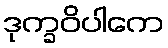
ဒုက္ခဝိပါကေ